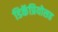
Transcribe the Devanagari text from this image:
डिकॅप्रियोसह